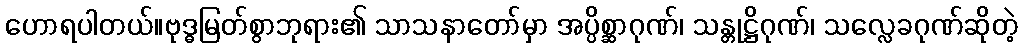
ဟောရပါတယ်။ဗုဒ္ဓမြတ်စွာဘုရား၏ သာသနာတော်မှာ အပ္ပိစ္ဆာဂုဏ်၊ သန္တုဋ္ဌိဂုဏ်၊ သလ္လေခဂုဏ်ဆိုတဲ့